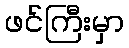
ဖင်ကြီးမှာ